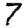
Digit: 7